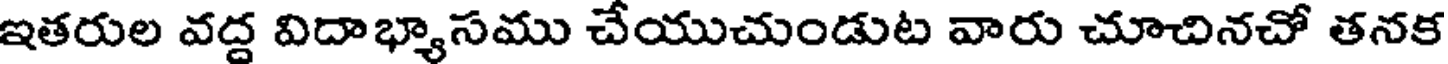
ఇతరుల వద్ద విదాభ్యాసము చేయుచుండుట వారు చూచినచో తనక